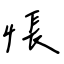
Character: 悵